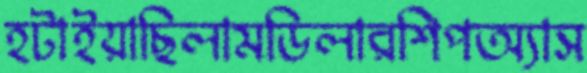
হটাইয়াছিলামডিলারশিপঅ্যাস